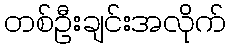
တစ်ဦးချင်းအလိုက်